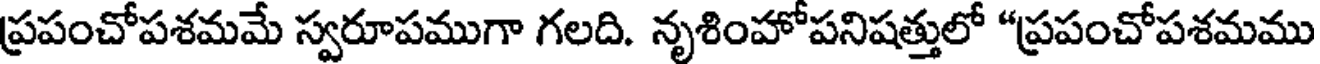
ప్రపంచోపశమమే స్వరూపముగా గలది. నృశింహోపనిషత్తులో "ప్రపంచోపశమము